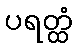
ပရတ္ထံ